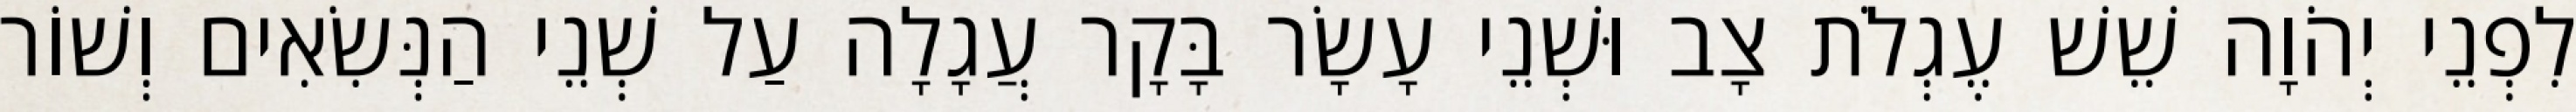
לִפְנֵי יְהֹוָה שֵׁשׁ עֶגְלֹת צָב וּשְׁנֵי עָשָׂר בָּקָר עֲגָלָה עַל שְׁנֵי הַנְּשִׂאִים וְשׁוֹר